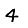
Digit: 4